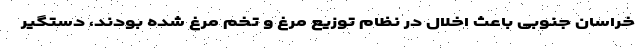
خراسان جنوبی باعث اخلال در نظام توزیع مرغ و تخم مرغ شده بودند، دستگیر